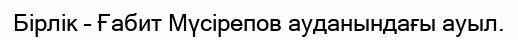
Бірлік – Ғабит Мүсірепов ауданындағы ауыл.